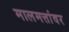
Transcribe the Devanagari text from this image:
मालमत्तांवर